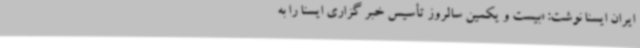
ایران ایسنا نوشت: «بیست و یکمین سالروز تأسیس خبر گزاری ایسنا را به